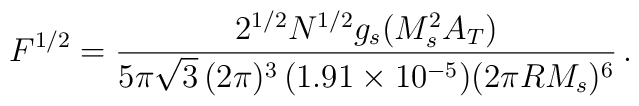
F^{1/2} = \frac{2^{1/2} N^{1/2} g_s (M_s^2A_T)}{5\pi\sqrt{3}\,(2\pi)^3\,(1.91\times 10^{-5})(2\pi R M_s)^6}\,.